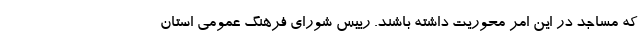
که مساجد در این امر محوریت داشته باشند. رییس شورای فرهنگ عمومی استان